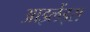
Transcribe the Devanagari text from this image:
आइलेंड्स